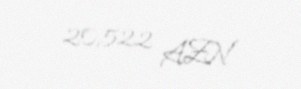
20522 AZN